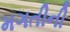
મગતીની